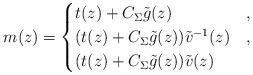
LaTeX: \begin{gather*}m(z) = \begin{cases}t(z) + C_\Sigma \tilde{g}(z) & ,\\(t(z)+ C_\Sigma \tilde{g}(z)) \tilde{v}^{-1}(z) & ,\\(t(z)+ C_\Sigma \tilde{g}(z)) \tilde{v}(z) & \end{cases}\end{gather*}